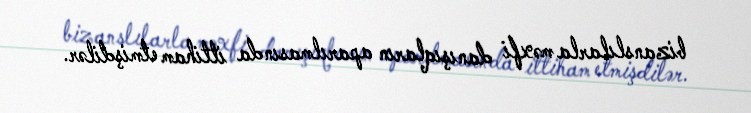
bizanslılarla məxfi danışıqların aparılmasında ittiham etmişdilər.